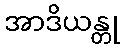
အာဒိယန္တု